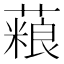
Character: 𫉱